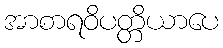
အာစာရဝိပတ္တိယာပေ